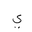
Letter: _ya